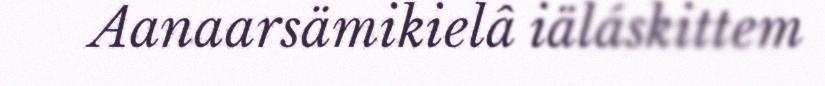
Aanaarsämikielâ iäláskittem